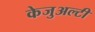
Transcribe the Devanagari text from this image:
केजुअल्टी